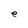
Character: r